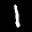
Label: 1